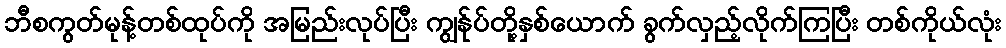
ဘီစကွတ်မုန့်တစ်ထုပ်ကို အမြည်းလုပ်ပြီး ကျွန်ုပ်တို့နှစ်ယောက် ခွက်လှည့်လိုက်ကြပြီး တစ်ကိုယ်လုံး